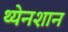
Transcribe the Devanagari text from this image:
थ्येनशान